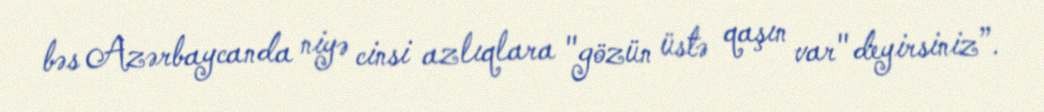
bəs Azərbaycanda niyə cinsi azlıqlara "gözün üstə qaşın var" deyirsiniz”.